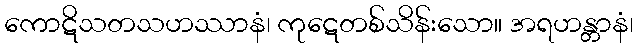
ကောဋိသတသဟဿာနံ၊ ကုဋေတစ်သိန်းသော။ အရဟန္တာနံ၊